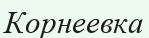
Корнеевка